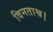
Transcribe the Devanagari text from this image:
विनताश्व।